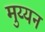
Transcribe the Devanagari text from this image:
मुय्यन